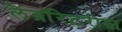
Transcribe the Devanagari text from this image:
लेब्रॉरेटरीज